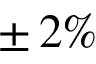
\pm \, 2 \%